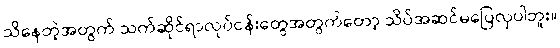
သိနေတဲ့အတွက် သက်ဆိုင်ရာလုပ်ငန်းတွေအတွက်တော့ သိပ်အဆင်မပြေလှပါဘူး။